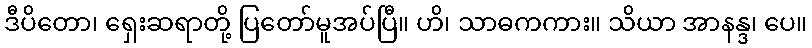
ဒီပိတော၊ ရှေးဆရာတို့ ပြတော်မူအပ်ပြီ။ ဟိ၊ သာဓကကား။ သိယာ အာနန္ဒ၊ ပေ။